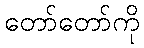
တော်တော်ကို